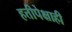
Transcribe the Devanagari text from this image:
हत्तीपेक्षाही